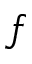
f